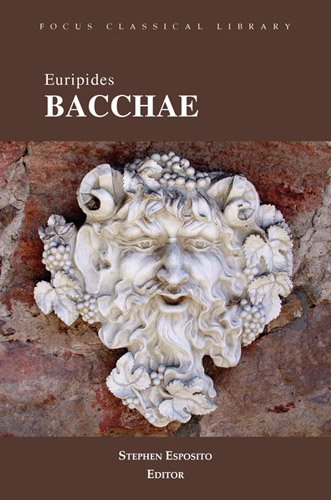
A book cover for Bacchae (Focus Classical Library); Euripides; Literature & Fiction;